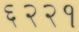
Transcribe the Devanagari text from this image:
६२२१